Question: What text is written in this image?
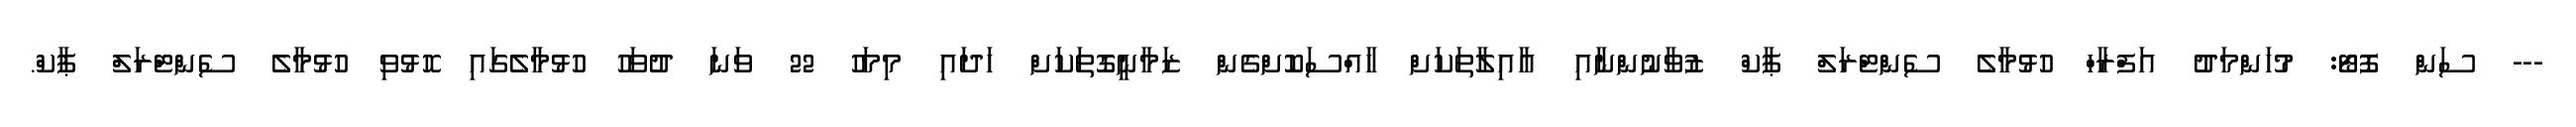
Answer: --- ސަން ފޮޓޯ: މުހަންމަދު އަފްރާހް ހުޅުމާލެ ސެންޓްރަލް ޕާކް ޒުވާނުންނާއި އާއިލާތަކަށް ހާއްސަކޮށްގެން ޒަމާނީގޮތަކަށް ހަދައި މިމަހު 22 ވަނަ ދުވަހު ހުޅުމާލެގައި ހޮޅުވި ހުޅުމާލެ ސެންޓްރަލް ޕާކް.